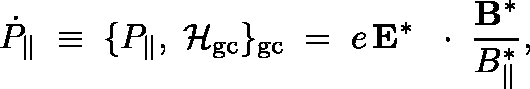
\dot { P } _ { \| } \; \equiv \; \{ P _ { \| } , \; { \cal H } _ { \mathrm { g c } } \} _ { \mathrm { g c } } \; = \; e \, { \bf E } ^ { * } \, \mathrm { ~ \boldmath ~ \cdot ~ } \, \frac { { \bf B } ^ { * } } { B _ { \| } ^ { * } } ,